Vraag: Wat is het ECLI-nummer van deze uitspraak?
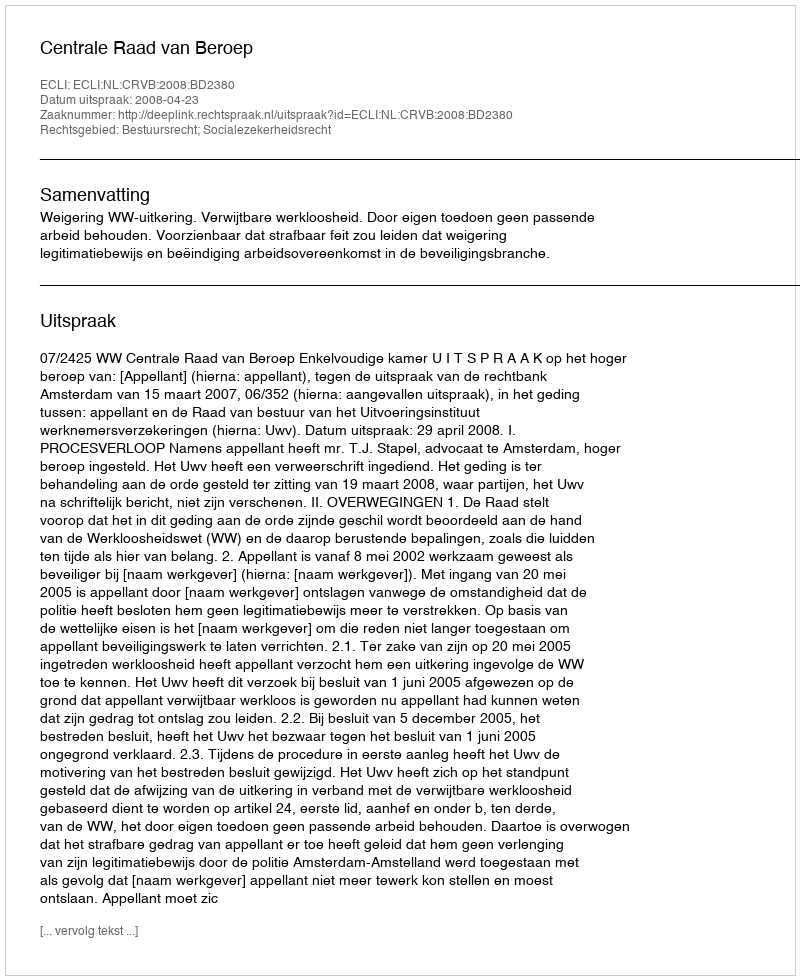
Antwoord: ECLI:NL:CRVB:2008:BD2380